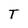
Character: T